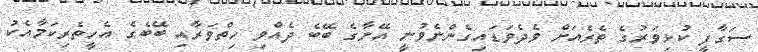
ސަގާފީ ކުޅިވަރުގެ ތެރެއަށް ވެދެވަޑައިގެންނެވުނީ އޭނާގެ ބޭބެ ދެއްވި ހިތްވަރާއި ބޭބެގެ އެހީތެރިކަމާއެކު